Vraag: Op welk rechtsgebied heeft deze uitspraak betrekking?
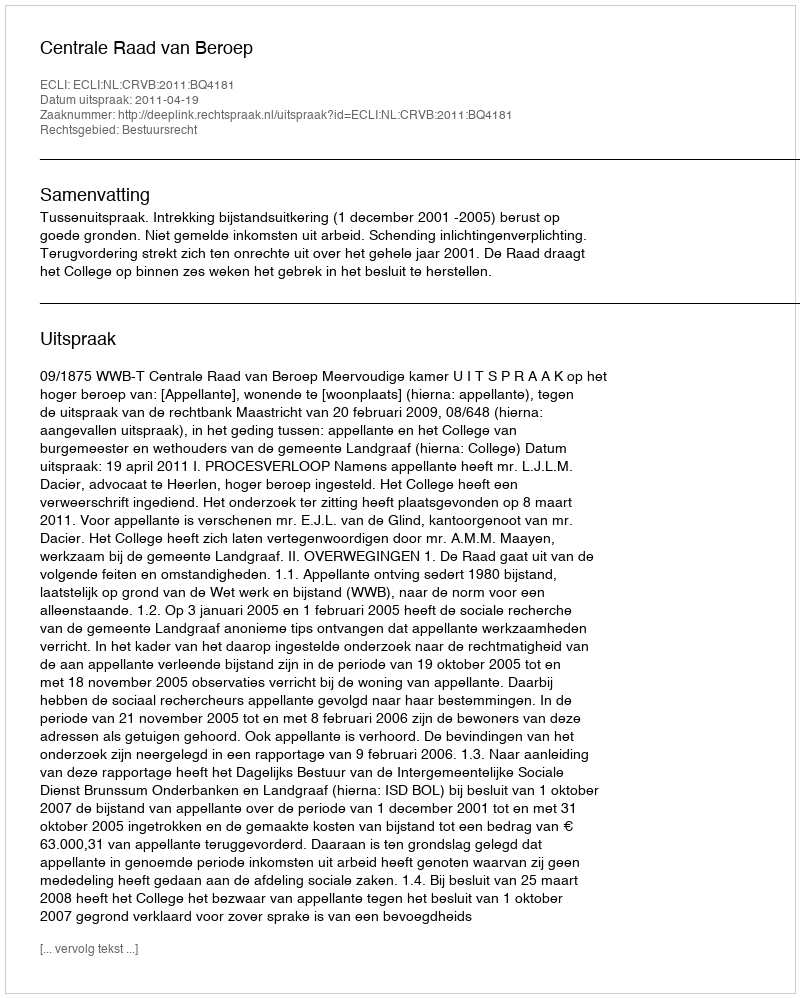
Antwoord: Bestuursrecht